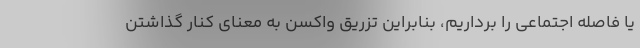
یا فاصله اجتماعی را برداریم، بنابراین تزریق واکسن به معنای کنار گذاشتن